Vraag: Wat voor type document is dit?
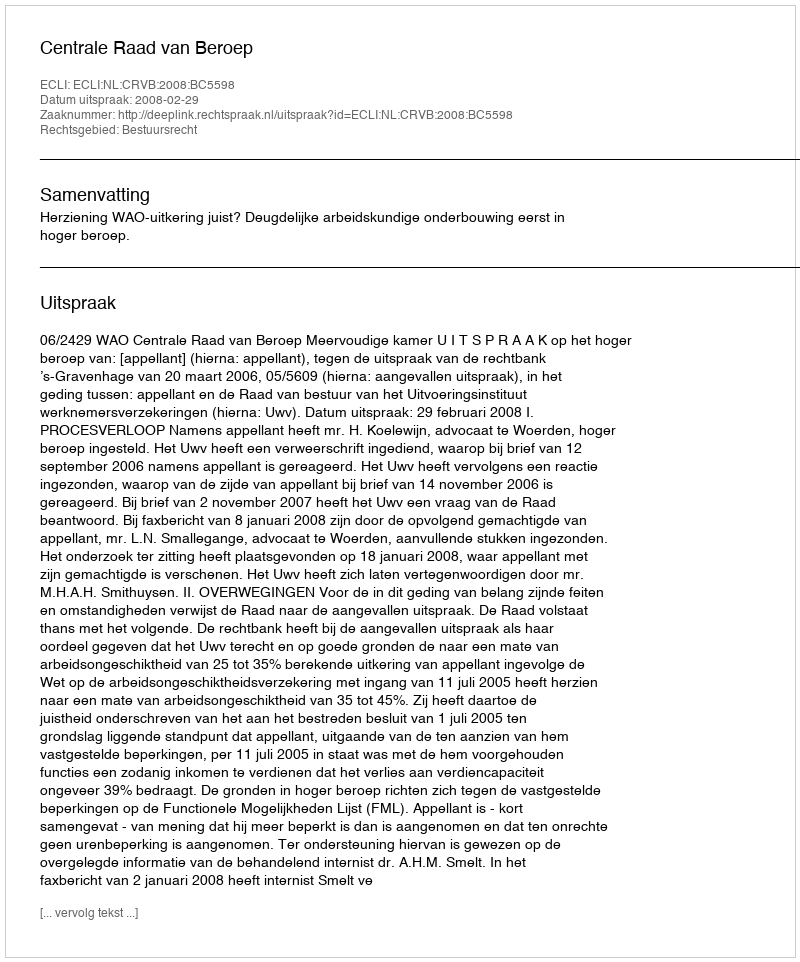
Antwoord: Uitspraak